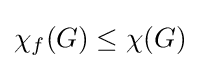
\chi _{f}(G)\leq \chi (G)